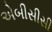
એબીસીસી